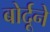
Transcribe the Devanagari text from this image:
बोर्दूने